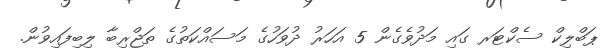
ޕަބްލިކް ސެކްޓަރ ގައި މަދުވެގެން 5 އަހަރު ދުވަހުގެ މަސައްކަތުގެ ތަޖްރިބާ ލިބިފައިވުން.